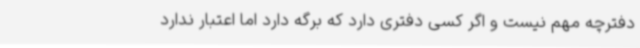
دفترچه مهم نیست و اگر کسی دفتری دارد که برگه دارد اما اعتبار ندارد